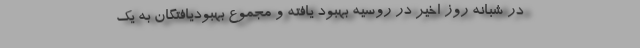
در شبانه روز اخیر در روسیه بهبود یافته و مجموع بهبودیافتگان به یک